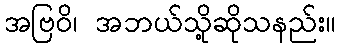
အဗြဝိ၊ အဘယ်သို့ဆိုသနည်း။